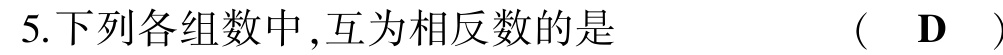
5.下列各组数中,互为相反数的是  （  D  ）